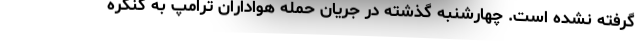
گرفته نشده است. چهارشنبه گذشته در جریان حمله هواداران ترامپ به کنگره